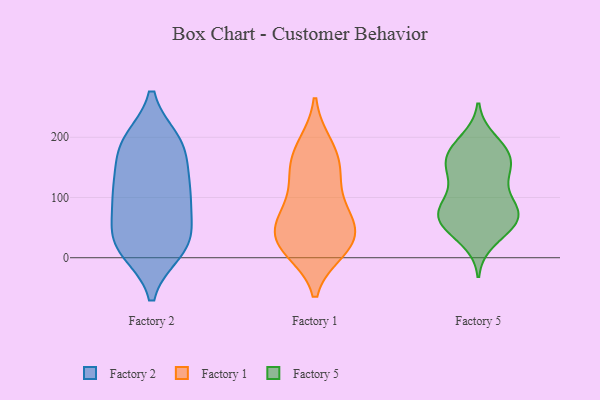
{"axis": {"x": "Active Users", "y": "Value"}, "legend": ["Factory 1", "Factory 2", "Factory 5"], "data": [{"x": "", "y": 185, "type": "Factory 2"}, {"x": "", "y": 111, "type": "Factory 2"}, {"x": "", "y": 193, "type": "Factory 2"}, {"x": "", "y": 124, "type": "Factory 2"}, {"x": "", "y": 12, "type": "Factory 2"}, {"x": "", "y": 14, "type": "Factory 2"}, {"x": "", "y": 192, "type": "Factory 2"}, {"x": "", "y": 39, "type": "Factory 2"}, {"x": "", "y": 103, "type": "Factory 2"}, {"x": "", "y": 100, "type": "Factory 2"}, {"x": "", "y": 155, "type": "Factory 2"}, {"x": "", "y": 16, "type": "Factory 2"}, {"x": "", "y": 189, "type": "Factory 2"}, {"x": "", "y": 33, "type": "Factory 2"}, {"x": "", "y": 44, "type": "Factory 2"}, {"x": "", "y": 90, "type": "Factory 2"}, {"x": "", "y": 144, "type": "Factory 1"}, {"x": "", "y": 12, "type": "Factory 1"}, {"x": "", "y": 188, "type": "Factory 1"}, {"x": "", "y": 142, "type": "Factory 1"}, {"x": "", "y": 61, "type": "Factory 1"}, {"x": "", "y": 22, "type": "Factory 1"}, {"x": "", "y": 13, "type": "Factory 1"}, {"x": "", "y": 57, "type": "Factory 1"}, {"x": "", "y": 29, "type": "Factory 1"}, {"x": "", "y": 148, "type": "Factory 1"}, {"x": "", "y": 58, "type": "Factory 1"}, {"x": "", "y": 100, "type": "Factory 1"}, {"x": "", "y": 184, "type": "Factory 1"}, {"x": "", "y": 74, "type": "Factory 1"}, {"x": "", "y": 26, "type": "Factory 1"}, {"x": "", "y": 97, "type": "Factory 5"}, {"x": "", "y": 57, "type": "Factory 5"}, {"x": "", "y": 47, "type": "Factory 5"}, {"x": "", "y": 134, "type": "Factory 5"}, {"x": "", "y": 71, "type": "Factory 5"}, {"x": "", "y": 195, "type": "Factory 5"}, {"x": "", "y": 137, "type": "Factory 5"}, {"x": "", "y": 29, "type": "Factory 5"}, {"x": "", "y": 151, "type": "Factory 5"}, {"x": "", "y": 63, "type": "Factory 5"}, {"x": "", "y": 182, "type": "Factory 5"}, {"x": "", "y": 156, "type": "Factory 5"}, {"x": "", "y": 157, "type": "Factory 5"}, {"x": "", "y": 78, "type": "Factory 5"}, {"x": "", "y": 176, "type": "Factory 5"}, {"x": "", "y": 91, "type": "Factory 5"}, {"x": "", "y": 61, "type": "Factory 5"}, {"x": "", "y": 86, "type": "Factory 5"}, {"x": "", "y": 175, "type": "Factory 5"}, {"x": "", "y": 63, "type": "Factory 5"}]}